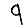
Digit: 9